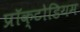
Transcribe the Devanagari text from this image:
प्रॉक्टोडियम